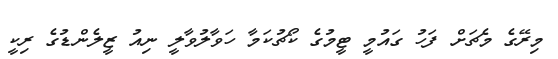
މިރޭގެ މެޗަށް ފަހު ގައުމީ ޓީމުގެ ކޯޗުކަމާ ހަވާލުވާލީ ނިއު ޒީލެންޑުގެ ރިކީ